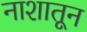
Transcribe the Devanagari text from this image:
नाशातून